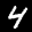
Label: 4